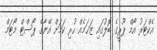
އެކްޓަރު އޯމް ޕޫރީގެ ބޮލުގައި ޒަޚަމެއް ހުރި ކަމަށް އޭނާގެ ޕޯސްޓް މޯޓަމް